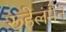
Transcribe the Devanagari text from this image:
रूहेलमैन